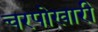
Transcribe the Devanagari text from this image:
चरपोखारी